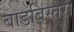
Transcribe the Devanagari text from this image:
बाडबिस्तरा